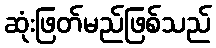
ဆုံးဖြတ်မည်ဖြစ်သည်